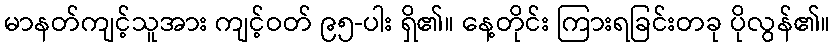
မာနတ်ကျင့်သူအား ကျင့်ဝတ် ၉၅-ပါး ရှိ၏။ နေ့တိုင်း ကြားရခြင်းတခု ပိုလွန်၏။